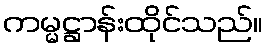
ကမ္မဋ္ဌာန်းထိုင်သည်။